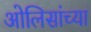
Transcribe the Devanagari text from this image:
ओलिसांच्या